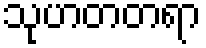
သုဟတတရာ